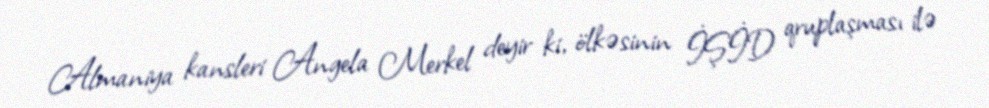
Almaniya kansleri Angela Merkel deyir ki, ölkəsinin İŞİD qruplaşması ilə